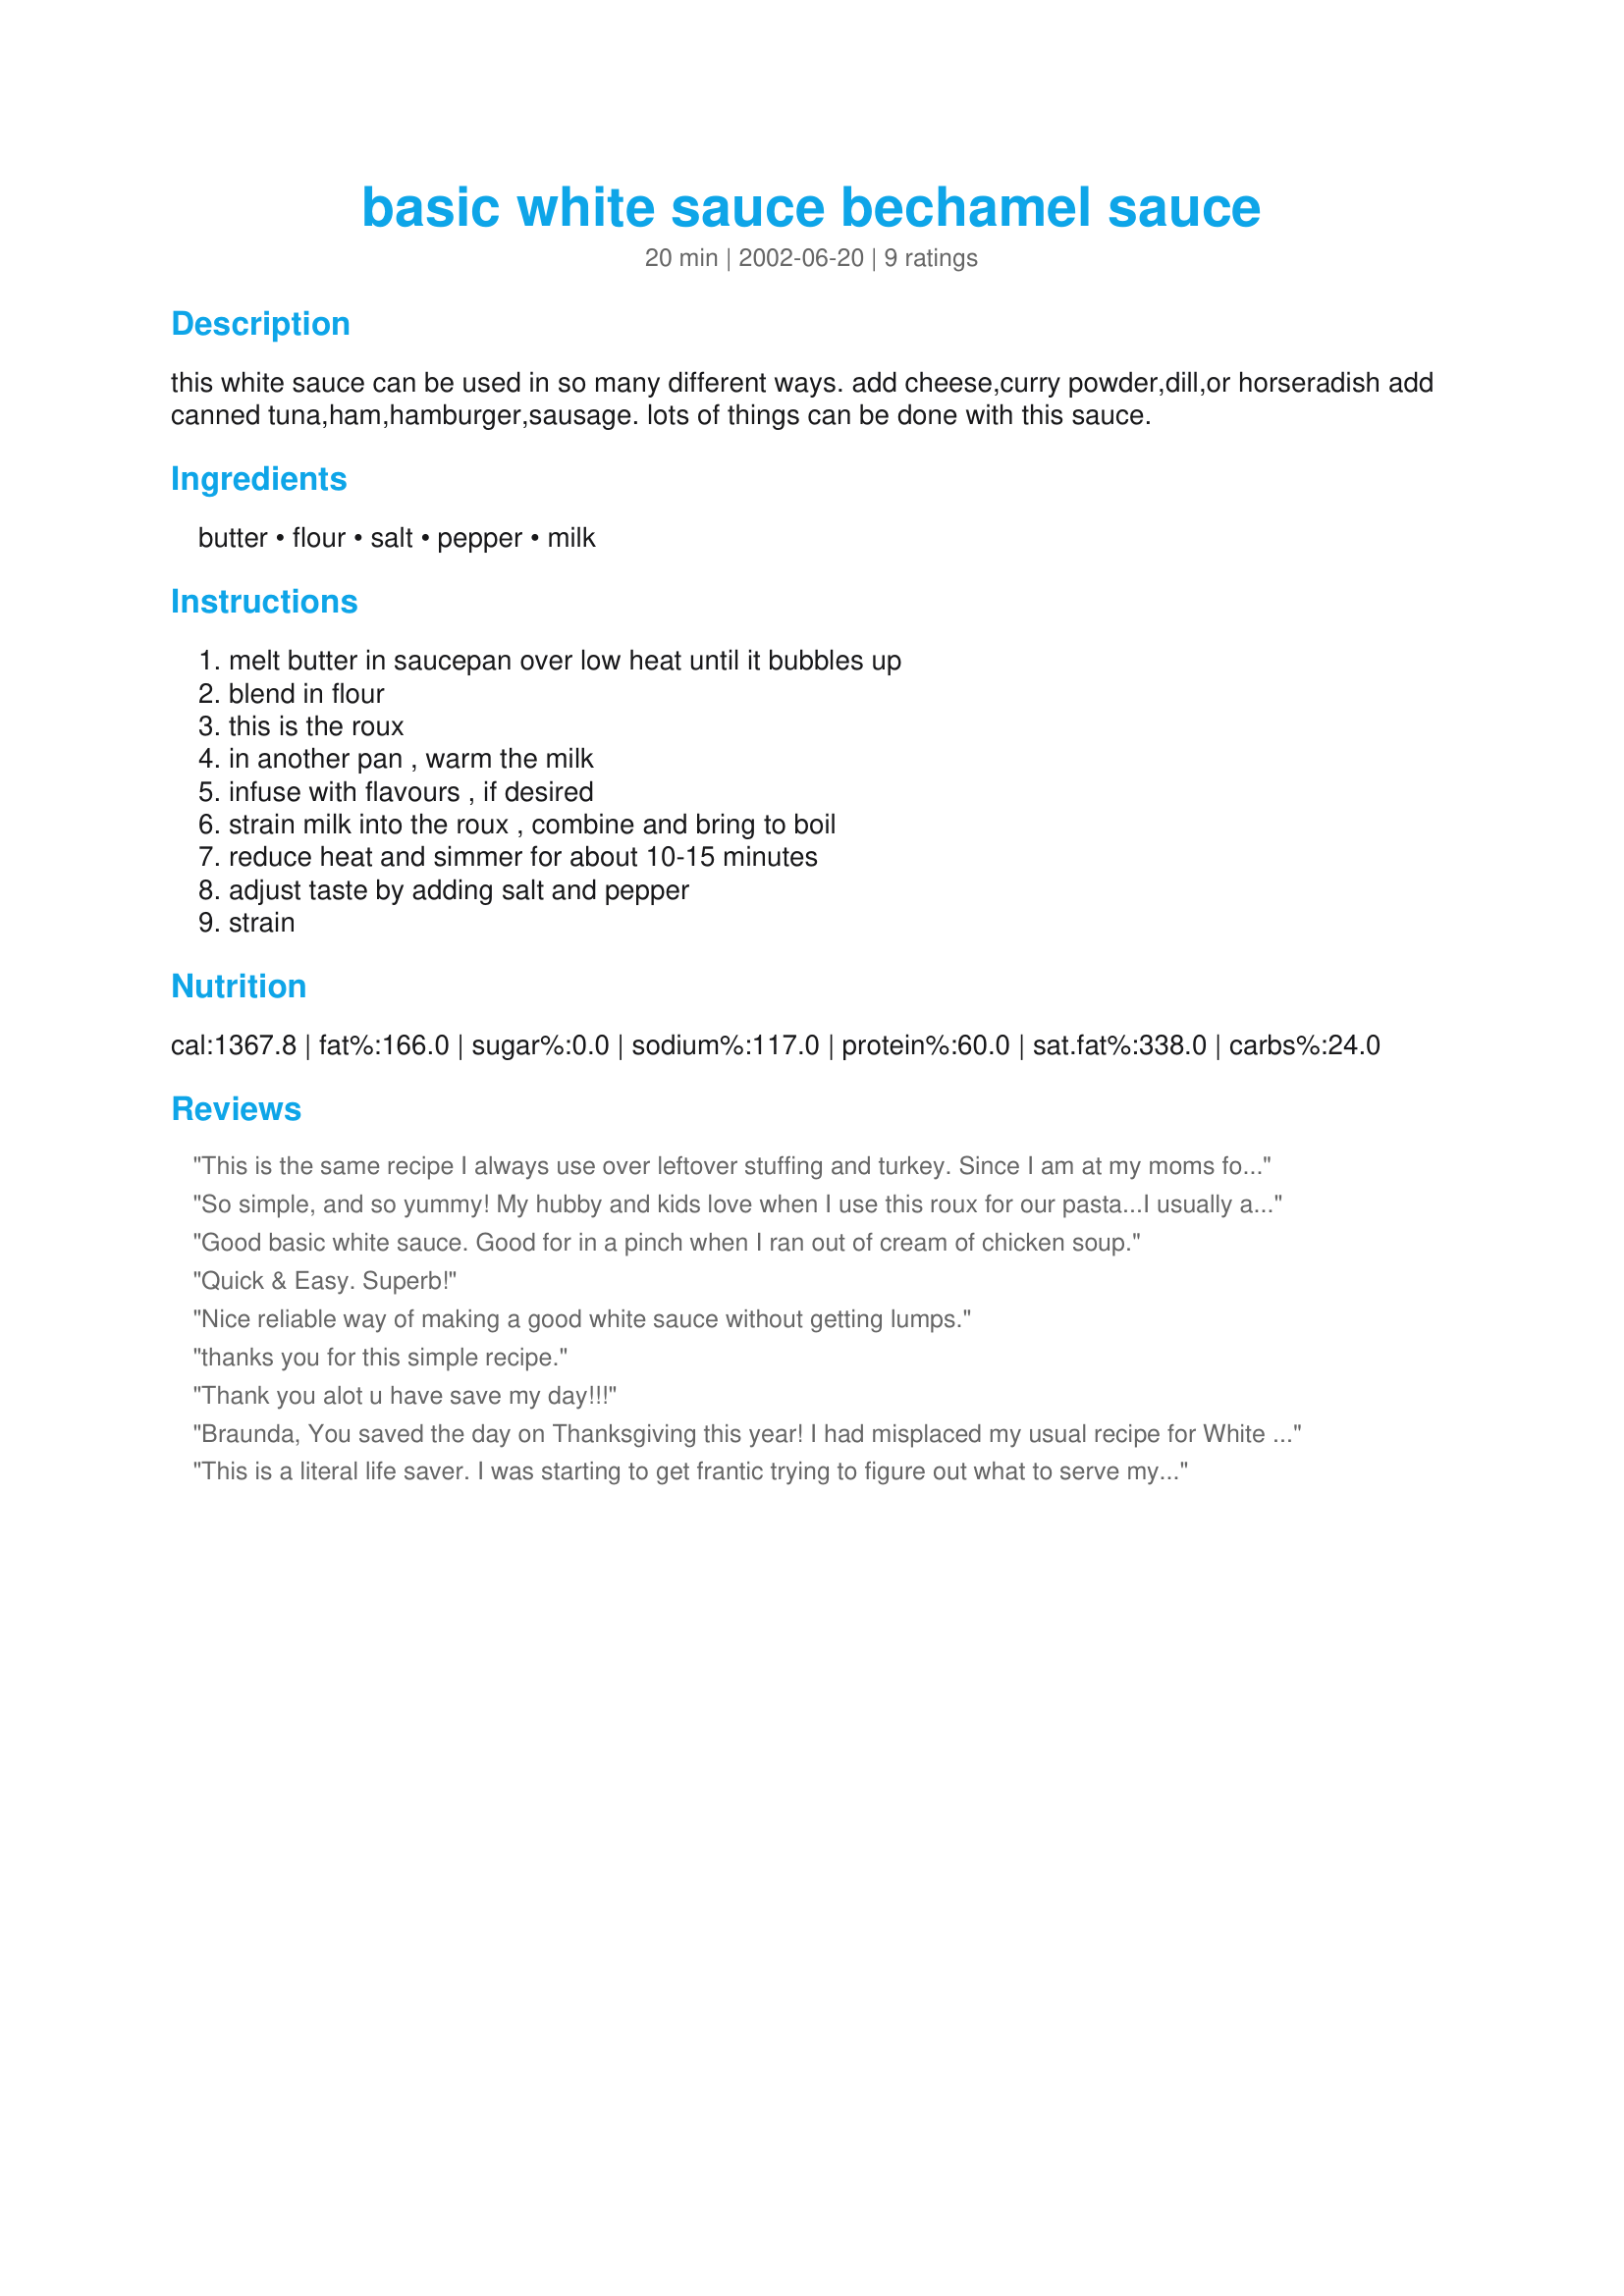
basic white sauce bechamel sauce
Preparation time: 20 minutes

this white sauce can be used in so many different ways. add cheese,curry powder,dill,or horseradish add canned tuna,ham,hamburger,sausage. lots of things can be done with this sauce.

Ingredients:
butter, flour, salt, pepper, milk

Steps:
melt butter in saucepan over low heat until it bubbles up, blend in flour, this is the roux, in another pan , warm the milk, infuse with flavours , if desired, strain milk into the roux , combine and bring to boil, reduce heat and simmer for about 10-15 minutes, adjust taste by adding salt and pepper, strain

Reviews:
This is the same recipe I always use over leftover stuffing and turkey. Since I am at my moms for thanksgiving I didn't have my usual recipe at hand, so this was a good reminder of ingredient amounts! Thanks for posting!
So simple, and so yummy! My hubby and kids love when I use this roux for our pasta...I usually add ground turkey and spinach for an easy pasta night! Thanks!
Good basic white sauce. Good for in a pinch when I ran out of cream of chicken soup.
Quick & Easy. Superb!
Nice reliable way of making a good white sauce without getting lumps.
thanks you for this simple recipe.
Thank you alot u have save my day!!!
Braunda, You saved the day on Thanksgiving this year! I had misplaced my usual recipe for White Sauce, looked it up on Zaar and your recipe popped up! It is exactly what I use every year to make my peas and mushrooms in cream sauce. Thanks so much for making my Thanksgiving dinner a success, Braunda!
This is a literal life saver. I was starting to get frantic trying to figure out what to serve my kids (ages 16 months, 2.5 years, and 4 years) for lunch. I knew about roux based sauces but I didn&#039;t know it could be a sauce by itself. I am a continuously learning home chef, and love how quick and easy this was.
